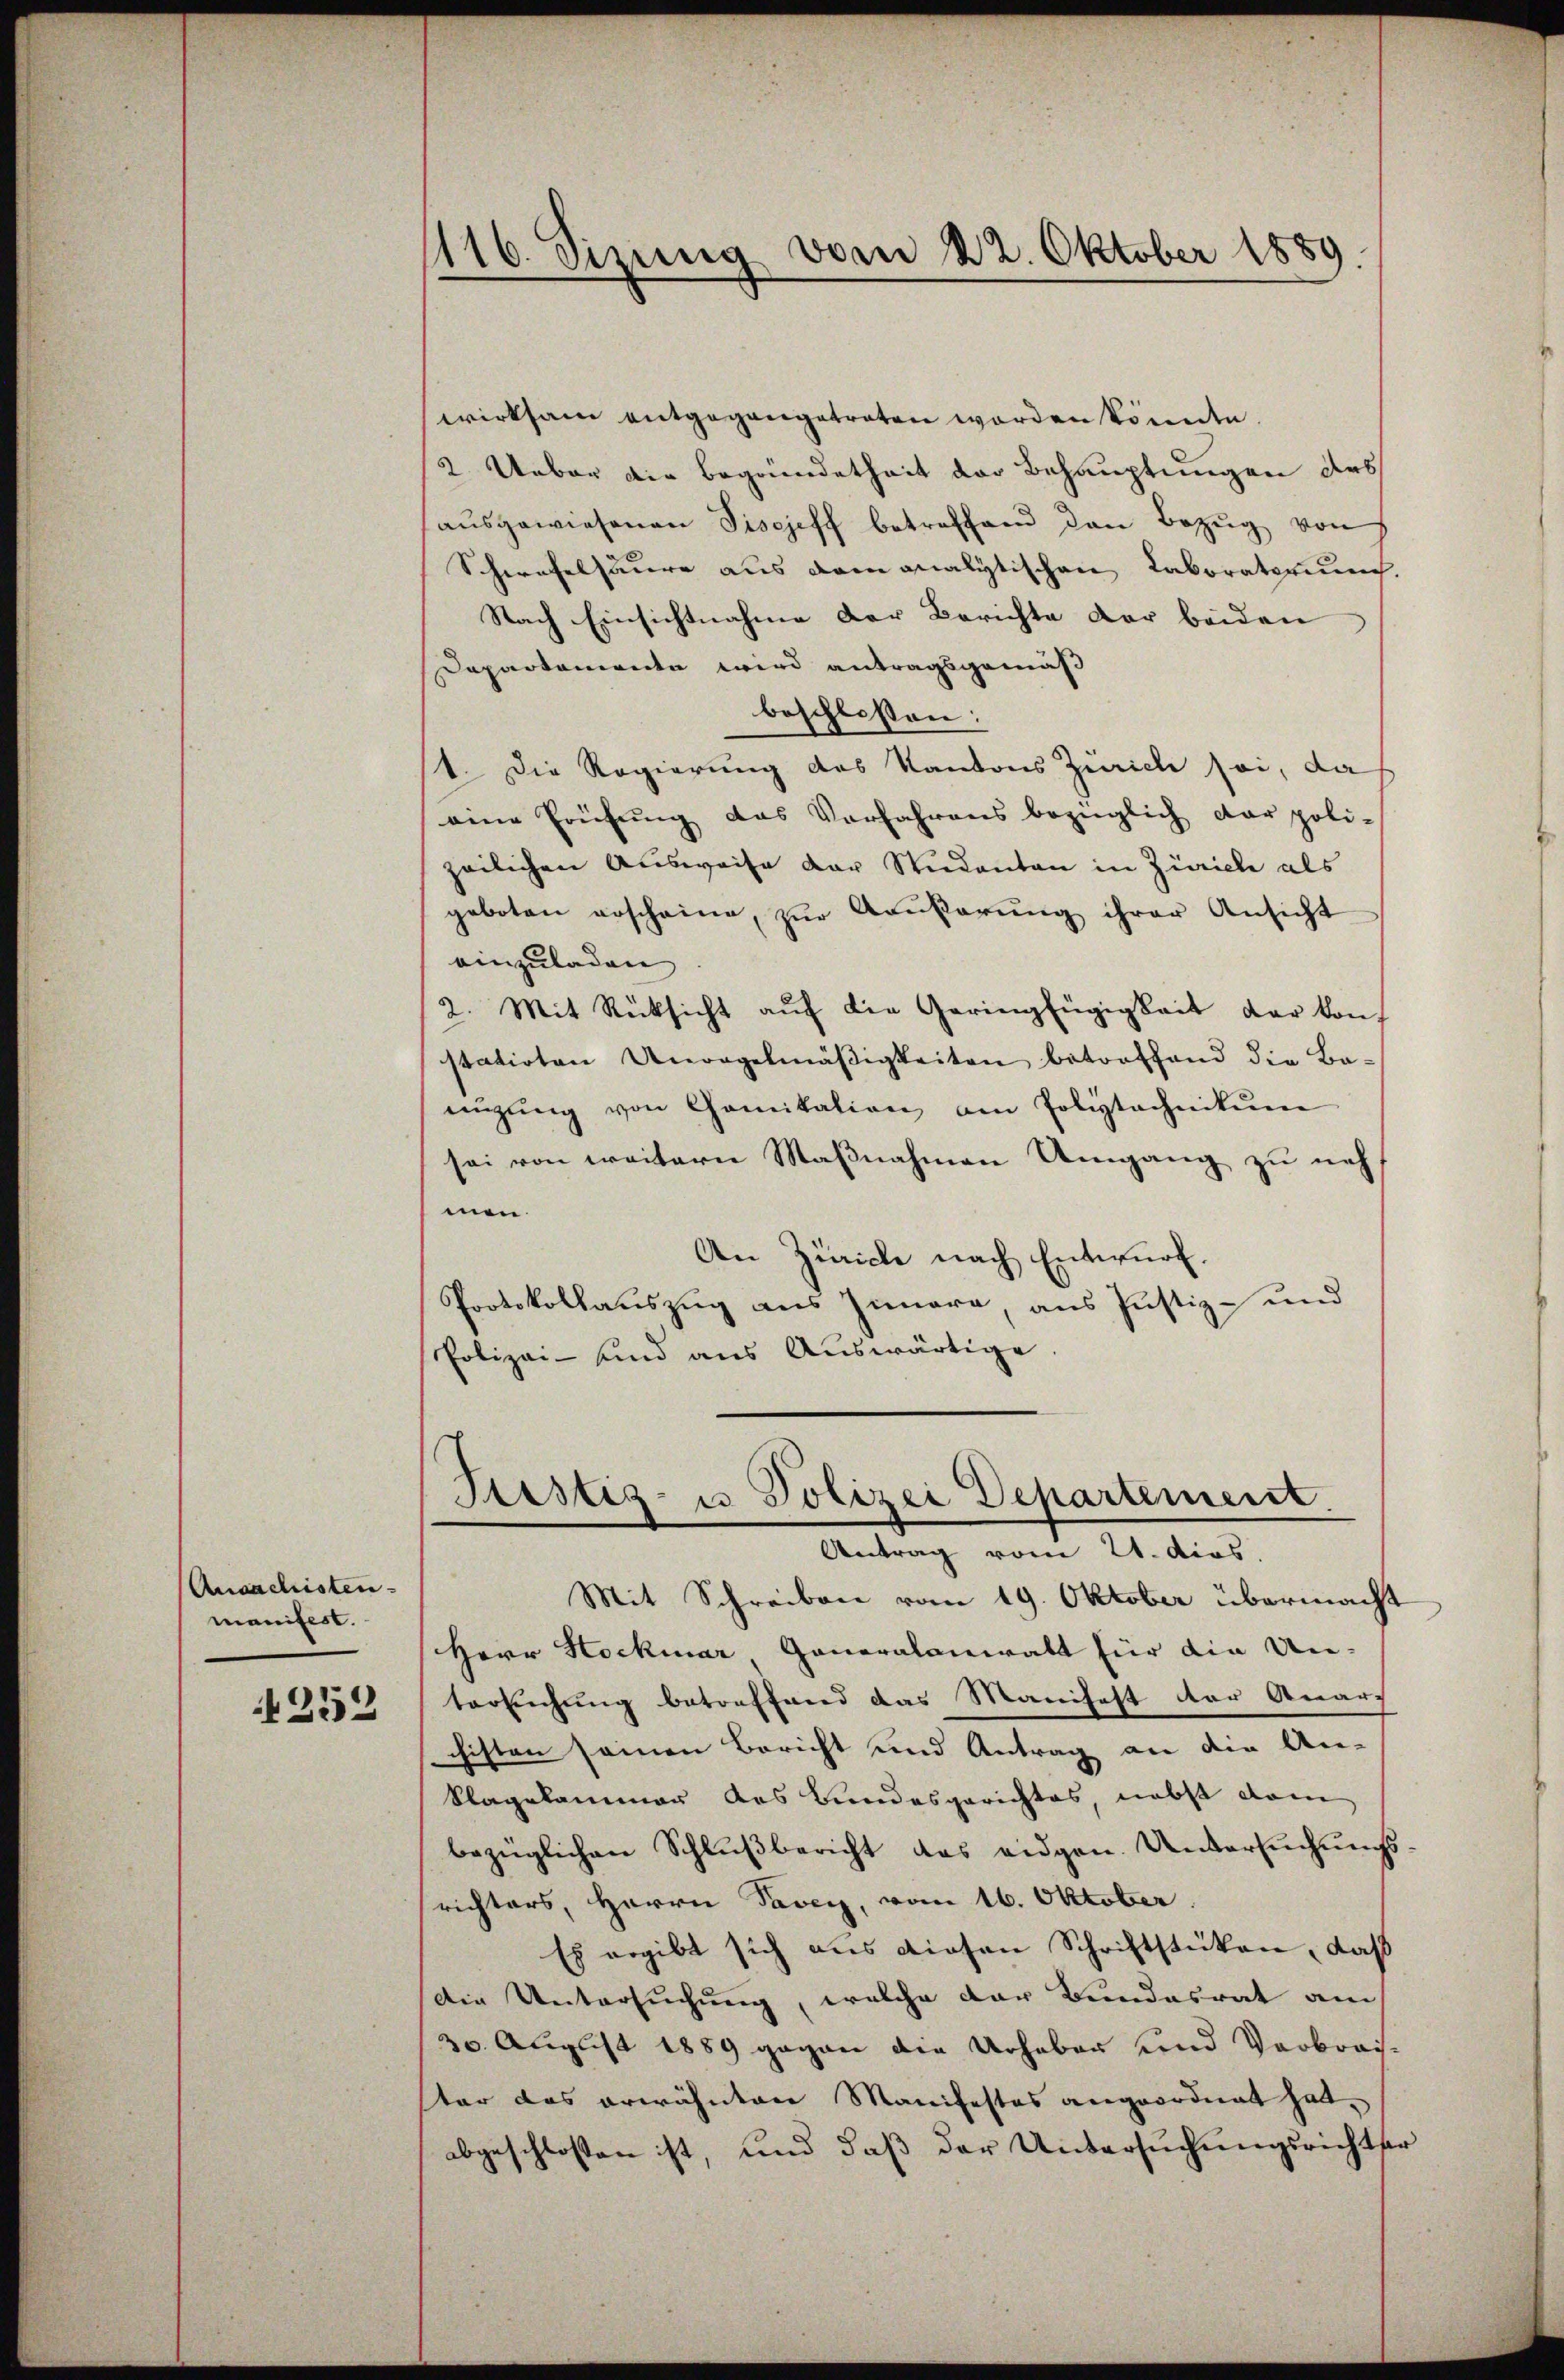
Ansachisten.
manifest.

252

wirksam entgegangetreten worden könnte.
2. Ueber die Begründetheit der Behauptungen des
aŭsgewiesenen Tischeff betreffend den Bezŭg von
Schwefelsaure aus dem analytischen Laboratorum.
Nach Einsichtnahme der Berichte der beiden
Departemente wird antragsgemäß
beschlossen:
st. Die Regierung des Kantons Zürich sei, da
eine Prüfung des Verfahrens bezüglich dar poli-
zeilichen Ausweise der Studenten in Zürich als
geboten erscheine, zur Außerung ihrer Ansicht
einzuladen
2. Mit Rücksicht aŭf die Geringfügigkeit der kon
statirten Unorgelmäßigkeiten betroffend die Ba-
nizŭng von Comitation am Polytechnikum
sei von weitern Maßnahmen Umgang zu neh-
men.
An Zürich nach Entwurf.
Protokollauszug aus Innere, aus Justiz- und
Polizei- und aus Auswärtige

116. Sizung vom 22. Oktober 1889.

Testiz- u. Polizei Departement.
Antrag vom 21. dies

Mit Schreiben vom 19. Oktober übermacht
Herr Stockmar Generalanwalt für die Un-
tersuchung betreffend das Manifest der Anar-
chisten seinen Bericht und Antrag an die An-
Klagekammer das Bundesgerichtes, nebst dann
bezüglichen Schlŭβbericht das eidgen. Untersŭchŭngs-
srichters, Herrn Taver, vom 16. Oktober.
Es ergibt sich aus diesen Schriftstücken, daß
Die Untersuchung, welche der Bundesrat am
30. August 1889 gegen die Urheber und Verbrach-
ster das erwähnten Manifestes angeordnet hat.
abgeschlossen ist, und daß der Untersuchungsrichtser